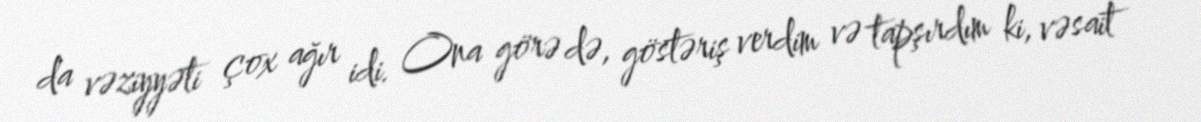
da vəziyyəti çox ağır idi. Ona görə də, göstəriş verdim və tapşırdım ki, vəsait